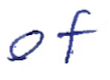
Text: of
Cross-out: clean
Writing tool: ballpoint